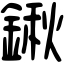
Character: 鍬